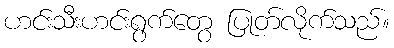
ဟင်းသီးဟင်းရွက်တွေ ပြုတ်လိုက်သည်။